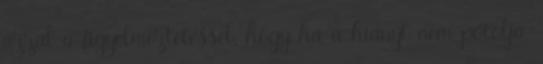
azzal a figyelmeztetéssel, hogy ha a hiányt nem pótolja,